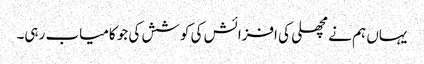
یہاں ہم نے مچھلی کی افزائش کی کوشش کی جو کامیاب رہی۔